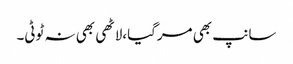
سانپ بھی مرگیا،لاٹھی بھی نہ ٹوٹی۔